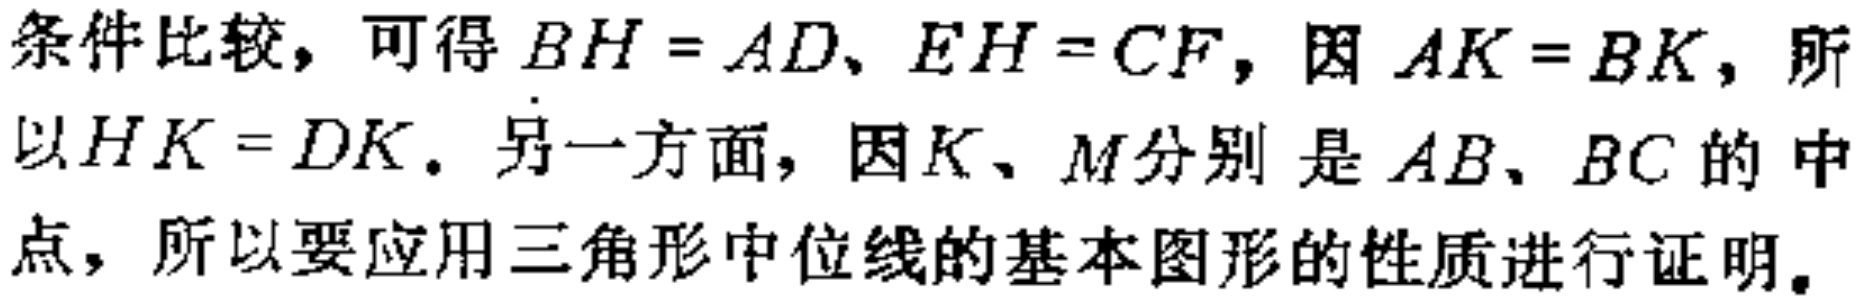
条件比较，可得 \(BH = AD\)、\(EH = CF\)，因 \(AK = BK\)，所以\(HK = DK\). 另一方面，因 \(K、M\)分别 是 \(AB、BC\)的 中点，所以要应用三角形中位线的基本图形的性质进行证明。